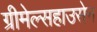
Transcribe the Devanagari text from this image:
ग्रीमेल्सहाउसेन